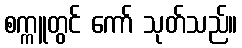
စက္ကူတွင် ကော် သုတ်သည်။